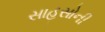
સાહસોની